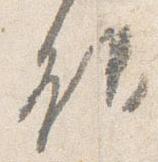
能